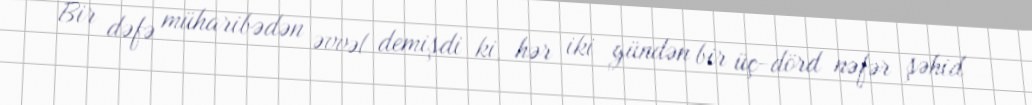
Bir dəfə müharibədən əvvəl demişdi ki, hər iki gündən bir üç-dörd nəfər şəhid